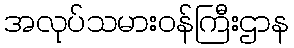
အလုပ်သမားဝန်ကြီးဌာန